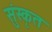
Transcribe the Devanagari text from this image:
सुंस्कृत